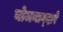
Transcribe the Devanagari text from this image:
योजनाव्दारे